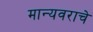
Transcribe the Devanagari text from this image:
मान्यवराचे